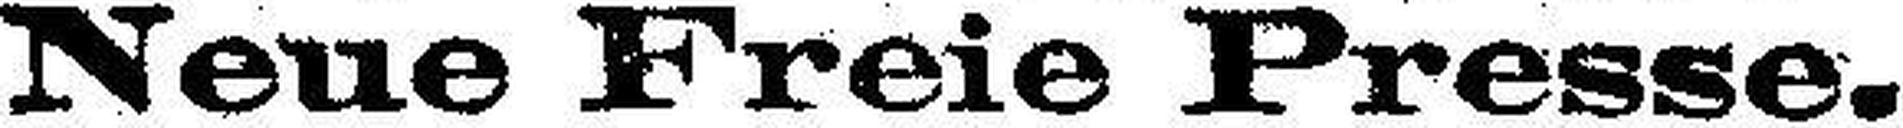
Neue Freie Presse.